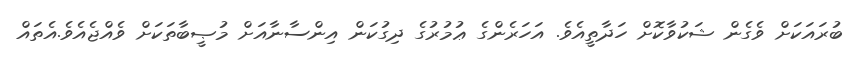
ބުރައަކަށް ވެގެން ޝަކުވާކޮށް ހަދާތީއެވެ. އަހަރެންގެ ޢުމުރުގެ ދިގުކަން އިންސާނާއަށް މުޞީބާތަކަށް ވެއްޖެއެވެ.އެތައް